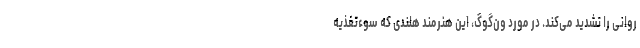
روانی را تشدید می‌کند. در مورد ون‌گوگ، این هنرمند هلندی که سوءتغذیه